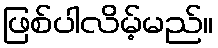
ဖြစ်ပါလိမ့်မည်။